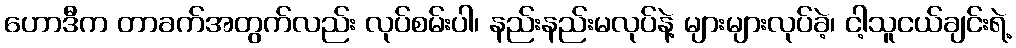
ဟောဒီက တာခက်အတွက်လည်း လုပ်စမ်းပါ၊ နည်းနည်းမလုပ်နဲ့ များများလုပ်ခဲ့၊ ငါ့သူငယ်ချင်းရဲ့